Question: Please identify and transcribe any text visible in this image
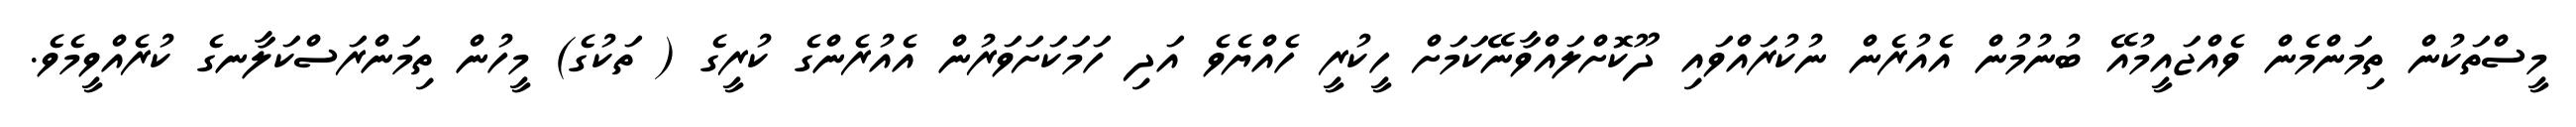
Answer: މީސްތަކުން ތިމަންމެން ވެއްޖައީމުއޭ ބުނުމުން އެއުރެން ނުކުރައްވައި ދޫކޮށްލައްވާނޭކަމަށް ހީކުރީ ހެއްޔެވެ އަދި ހަމަކަށަވަރުން އެއުރެންގެ ކުރީގެ ( ތަކުގެ) މީހުން ތިމަންރަސްކަލާނގެ ކުރެއްވީމެވެ.